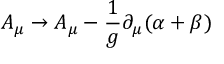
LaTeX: A _ { \mu } \to A _ { \mu } - \frac { 1 } { g } \partial _ { \mu } ( \alpha + \beta )